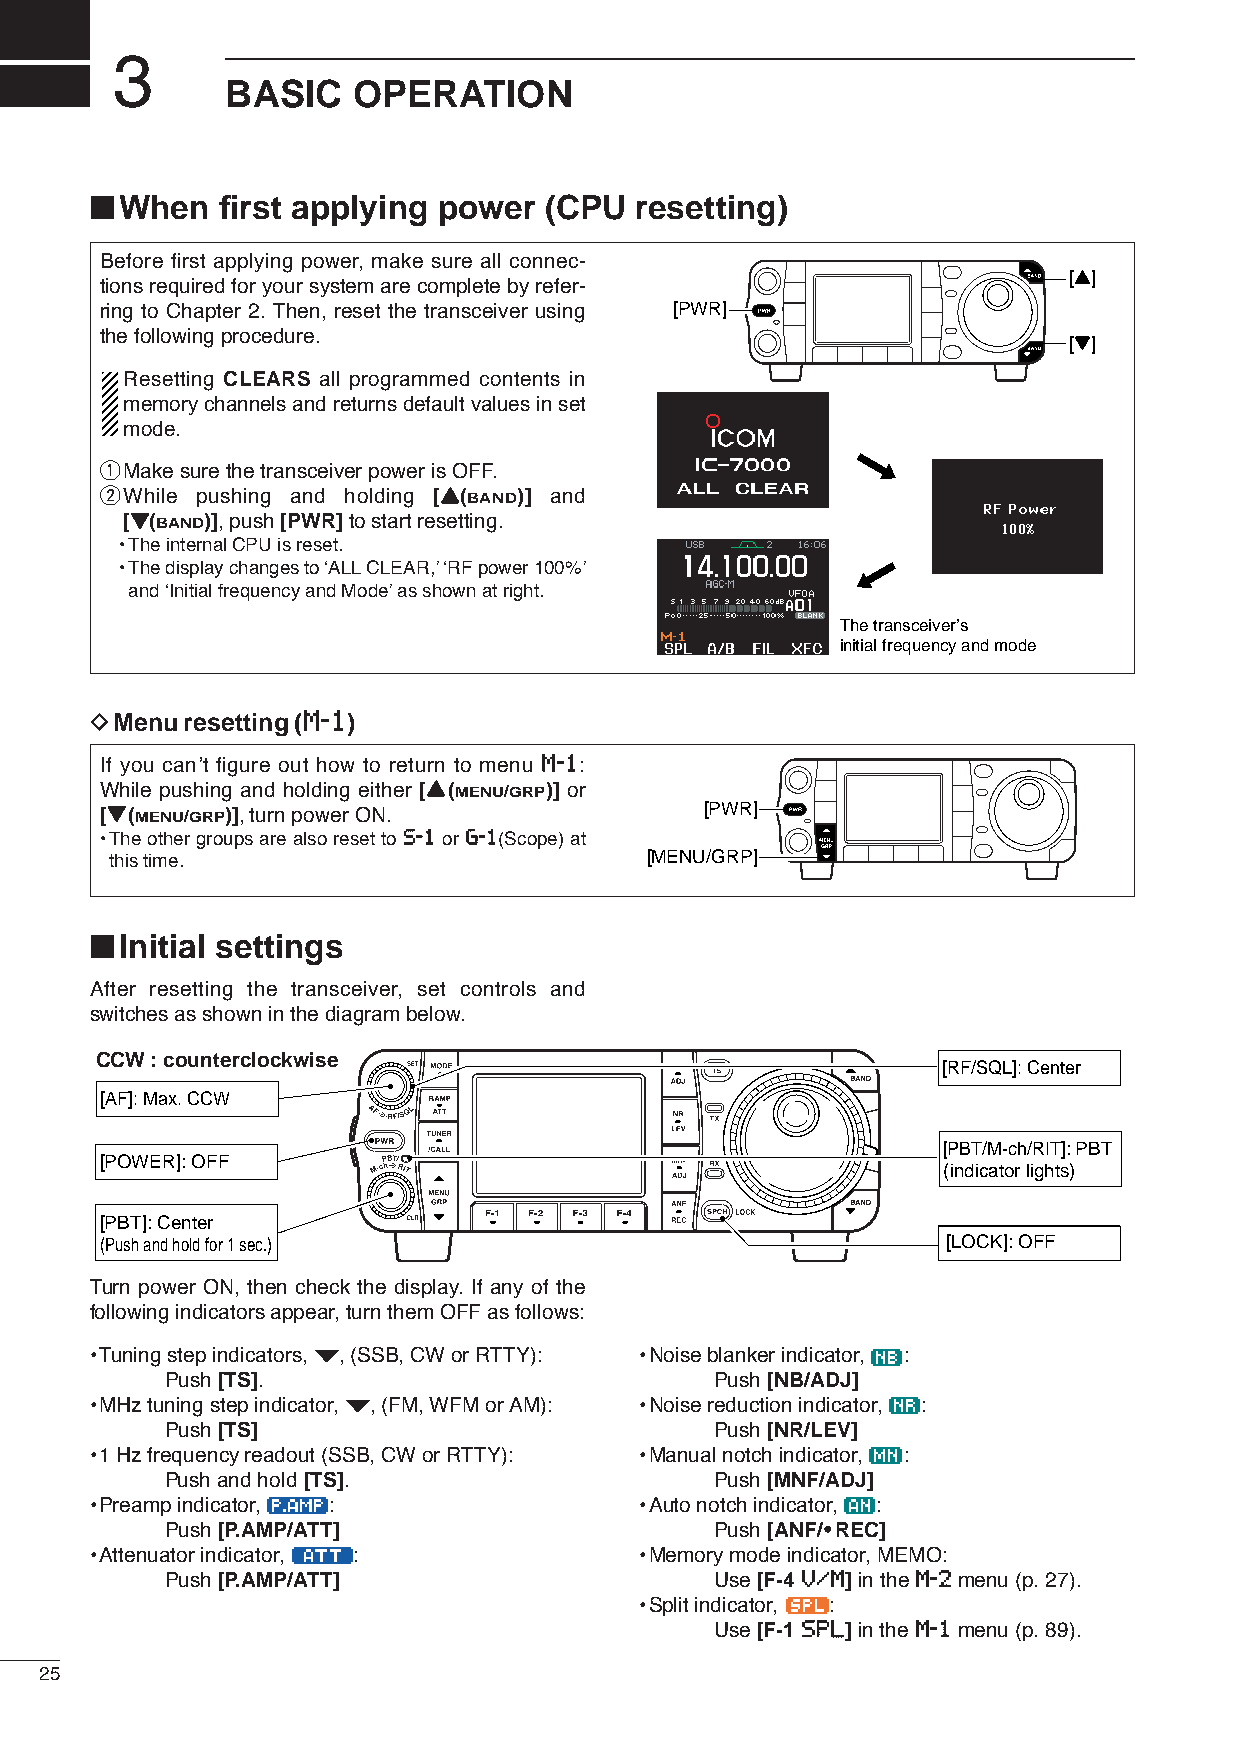
3
 BASIC   OPERATION
 ■
 When   first applying power (CPU  resetting)
 Before first applying power, make sure all connec-
 [Y]
 tions required for your system are complete by refer-
 ring to Chapter 2. Then, reset the transceiver using [PWR]
 the following procedure.                                        [Z]
 Resetting CLEARS all programmed contents in
 memory channels and returns default values in set
 mode.
 qMake sure the transceiver power is OFF.
 wWhile pushing and holding [YY(BAND)] and
 [ZZ(BAND)], push [PWR]to start resetting.
 •The internal CPU is reset.
 •The display changes to ‘ALLCLEAR,’‘RF power 100%’
 and ‘Initial frequency and Mode’as shown at right.
 The transceiver’s
 initial frequency and mode
 DMenu resetting (MM--11)
 If you can’t figure out how to return to menu MM--11:
 While pushing and holding either [YY(MENU/GRP)] or
 [ZZ(MENU/GRP)], turn power ON.          [PWR]
 •The other groups are also reset to SS--11or GG--11(Scope) at
 this time.                          [MENU/GRP]
 ■
 Initial settings
 After resetting the transceiver, set controls and
 switches as shown in the diagram below.
 CCW : counterclockwise
 [RF/SQL]: Center
 [AF]: Max. CCW
 [PBT/M-ch/RIT]: PBT
 [POWER]: OFF
 (indicator lights)
 [PBT]: Center
 (Push and hold for 1 sec.)                              [LOCK]: OFF
 Turn power ON, then check the display. If any of the
 following indicators appear, turn them OFF as follows:
 •Tuning step indicators, Z, (SSB, CW or RTTY): •Noise blanker indicator, :
 Push [TS].                          Push [NB/ADJ]
 •MHz tuning step indicator, Z, (FM, WFM or AM): •Noise reduction indicator, :
 Push [TS]                           Push [NR/LEV]
 •1 Hz frequency readout (SSB, CW or RTTY): •Manual notch indicator, :
 Push and hold [TS].                 Push [MNF/ADJ]
 •Preamp indicator, :                •Auto notch indicator, :
 Push [P.AMP/ATT]                    Push [ANF/•REC]
 •Attenuator indicator, :            •Memory mode indicator, MEMO:
 Push [P.AMP/ATT]                    Use [F-4 VV//MM]in theMM--22menu (p. 27).
 •Split indicator, :
 Use [F-1 SSPPLL]in the MM--11menu (p. 89).
 25